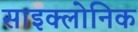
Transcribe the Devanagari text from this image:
साइक्लोनिक